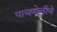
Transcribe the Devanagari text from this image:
पाचणोलीचे